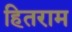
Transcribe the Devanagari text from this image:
हितराम